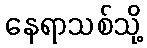
နေရာသစ်သို့